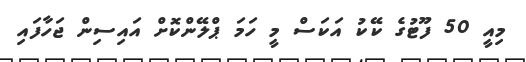
މިއީ 50 ފޫޓުގެ ކޭކު އަކަސް މީ ހަމަ ޕްލޭންކޮށް އައިސިން ޖަހާފައި